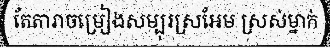
តែតារាចម្រៀងសម្បុរស្រអែម ស្រស់ម្នាក់